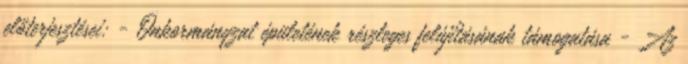
előterjesztései: - Önkormányzat épületének részleges felújításának támogatása - Az